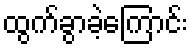
ထွက်ခွာခဲ့ကြောင်း